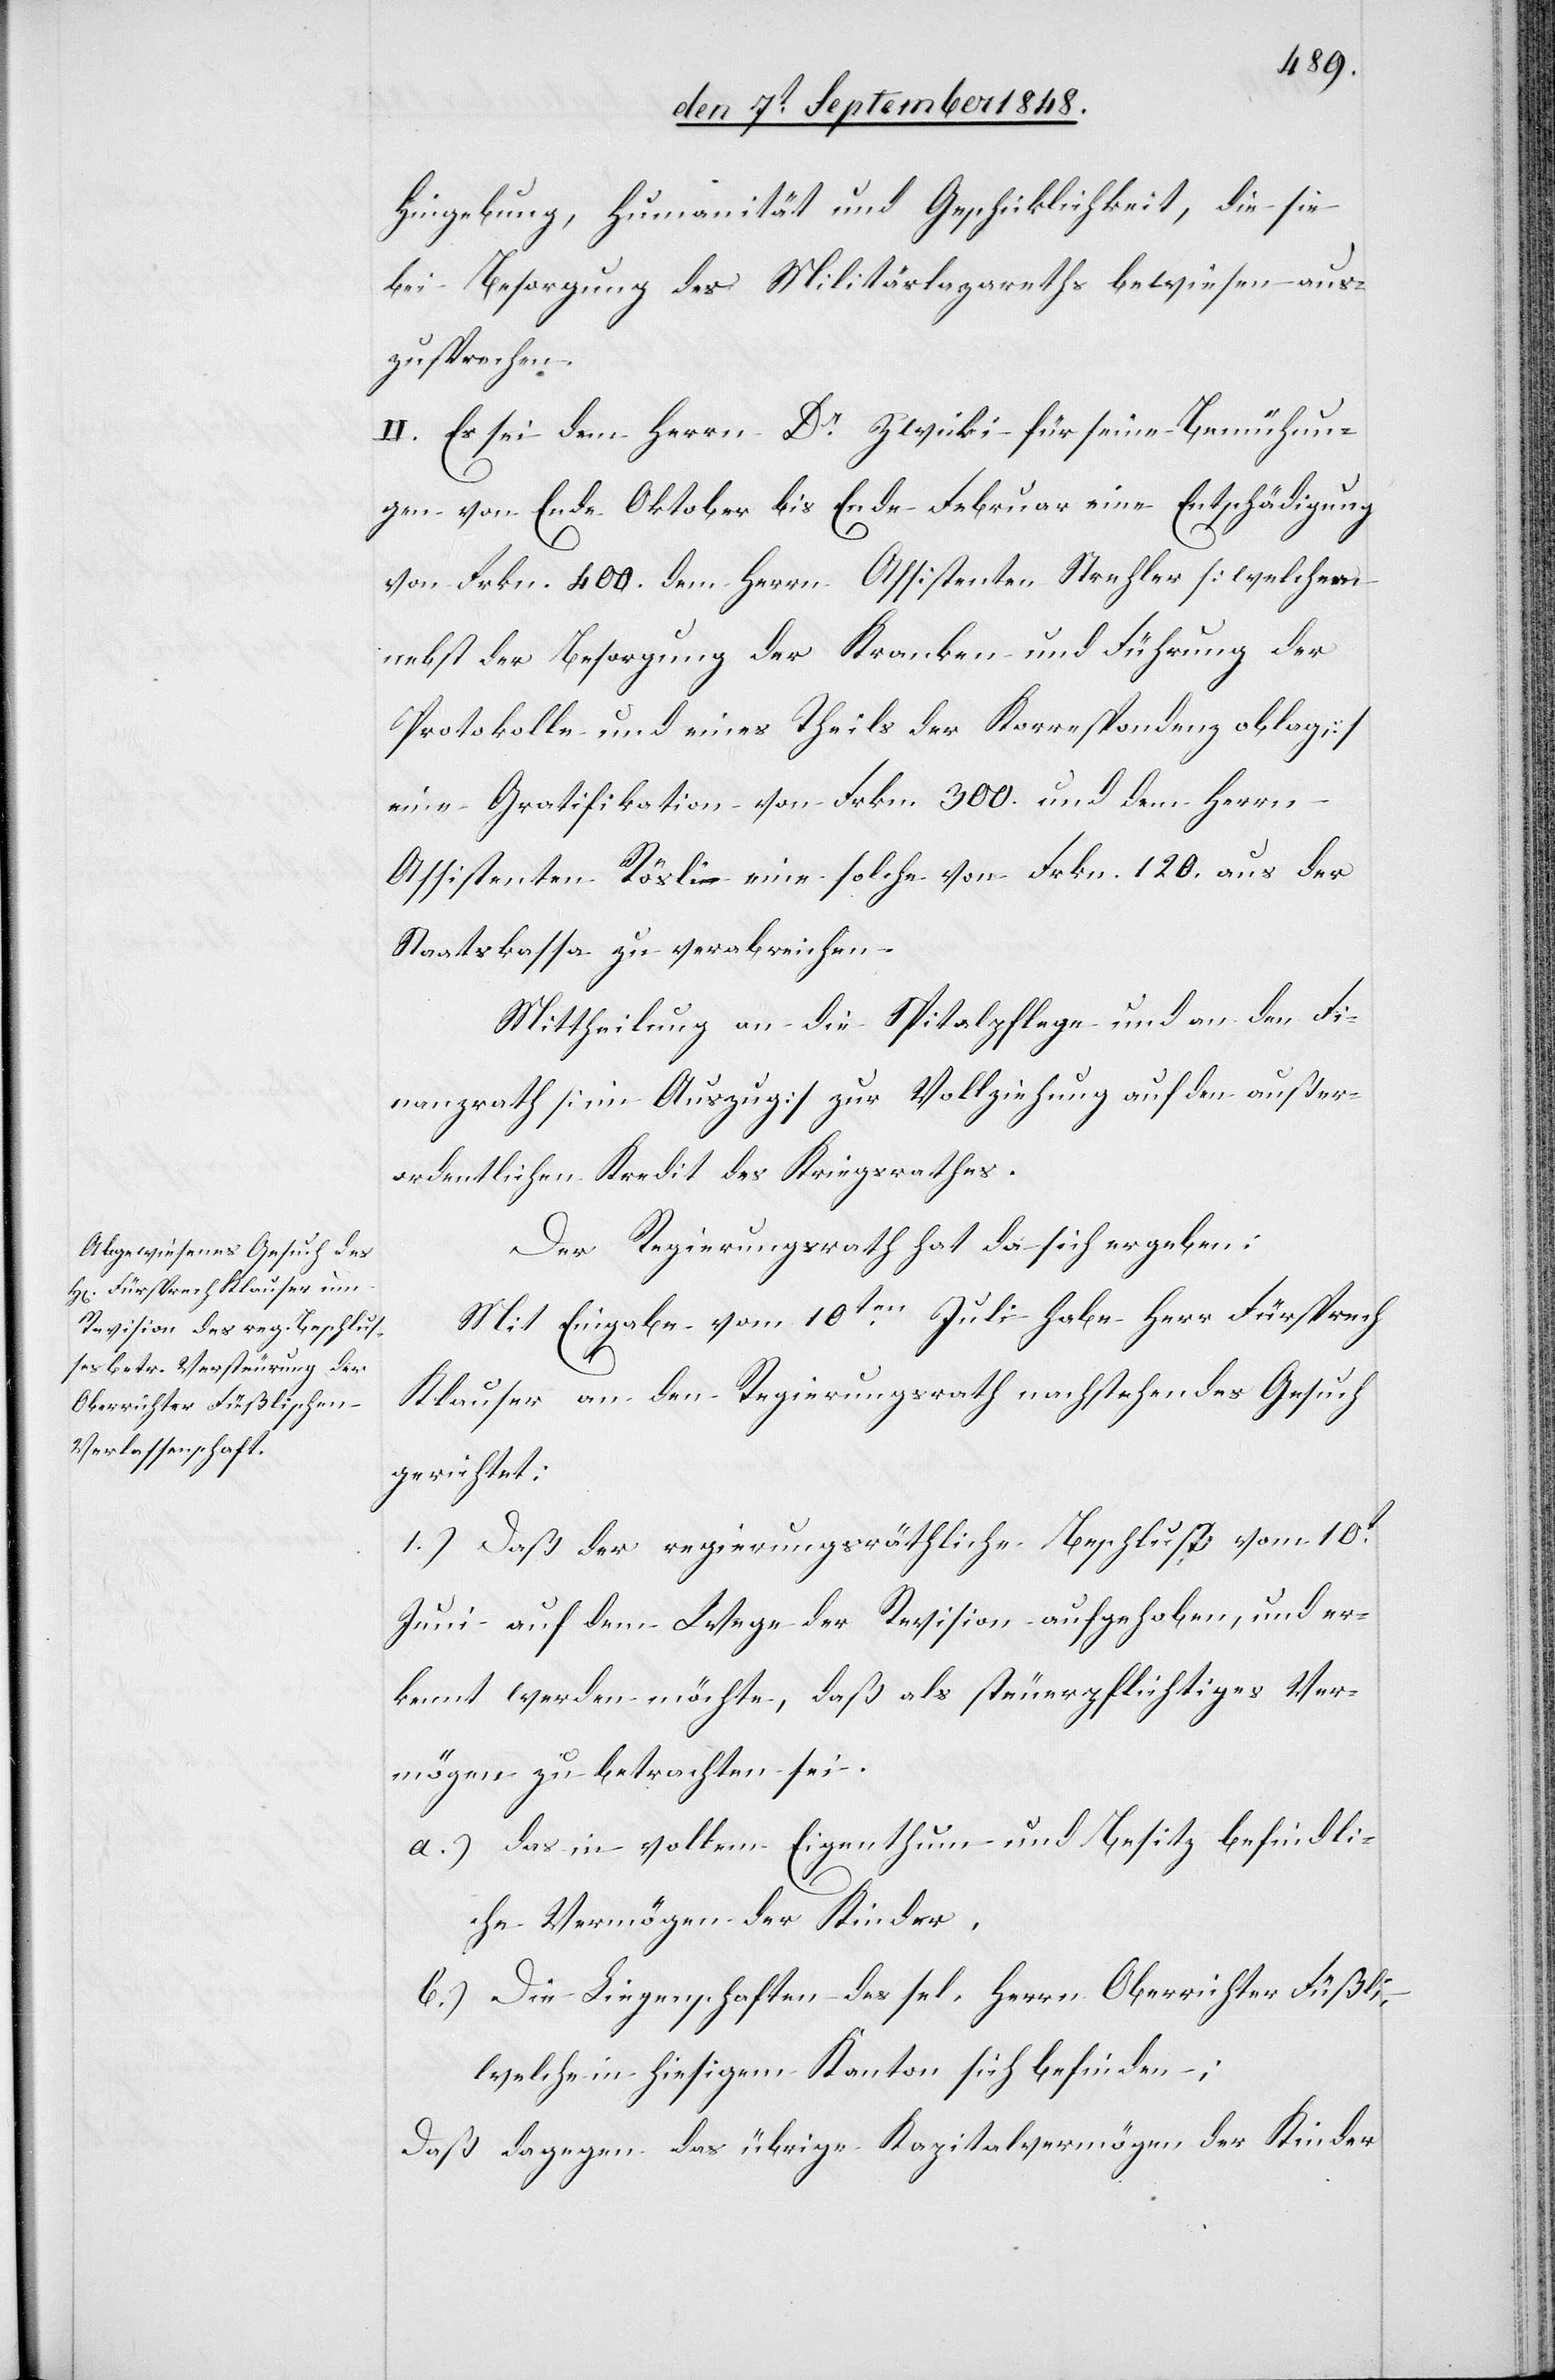
Hingebung, Humanität und Geschicklichkeit, die sie
bei Besorgung des Militärlazareths bewiesen aus¬
zusprechen.
II. Es sei dem Herrn Dr Zwicki für seine Bemühun¬
gen von Ende Oktober bis Ende Februar eine Entschädigung
von Frkn. 400. dem Herrn Assistenten Strehler [welchem
nebst der Besorgung der Kranken und Führung der
Protokolle und eines Theils der Korrespondenz oblag]
eine Gratifikation von Frkn. 300. und dem Herrn
Assistenten Rösli eine solche von Frkn. 120. aus der
Staatskassa zu verabreichen.
Mittheilung an die Spitalpflege und an den Fi¬
nanzrath [im Auszug] zur Vollziehung auf den außer¬
ordentlichen Kredit des Kriegsrathes.
Der Regierungsrath hat da sich ergeben:
Mit Eingabe vom 10ten Juli habe Herr Fürsprech
Klauser an den Regierungsrath nachstehendes Gesuch
gerichtet:
1.) Daß der regierungsräthliche Beschluß vom 10t
Juni auf dem Wege der Revision aufgehoben, und er¬
kennt werden möchte, daß als steuerpflichtiges Ver¬
mögen zu betrachten sei.
a.) das in vollem Eigenthum und Besitz befindli¬
che Vermögen der Kinder.
b.) Die Liegenschaften des sel. Herrn Oberrichter Füßli,
welche in hiesigem Kanton sich befinden;
Daß dagegen das übrige Kapitalvermögen der Kinder